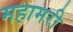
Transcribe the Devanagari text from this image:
महामरी